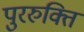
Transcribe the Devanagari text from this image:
पुररुक्ति